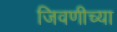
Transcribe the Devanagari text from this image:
जिवणीच्या